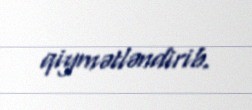
qiymətləndirib.